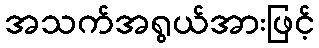
အသက်အရွယ်အားဖြင့်